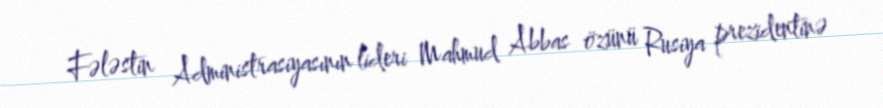
Fələstin Administrasiyasının lideri Mahmud Abbas özünü Rusiya prezidentinə